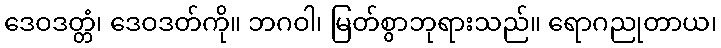
ဒေဝဒတ္တံ၊ ဒေဝဒတ်ကို။ ဘဂဝါ၊ မြတ်စွာဘုရားသည်။ ရောဂညုတာယ၊